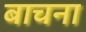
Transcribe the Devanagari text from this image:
बाचना